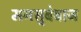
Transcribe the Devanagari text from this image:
मनसुबेबाज